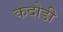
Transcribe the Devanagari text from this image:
कदोडी